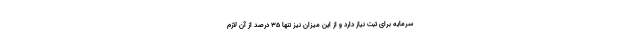
سرمایه برای ثبت نیاز دارد و از این میزان نیز تنها 35 درصد از آن لازم